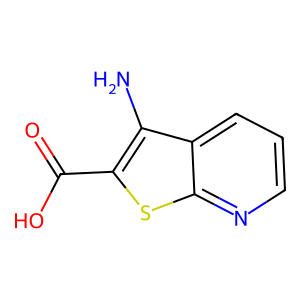
SMILES: Nc1c(C(=O)O)sc2ncccc12
Inhibits HIV replication: No